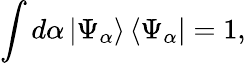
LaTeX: \int d\alpha\left|\Psi_{\alpha}\right\rangle\left\langle\Psi_{\alpha}\right|=1,